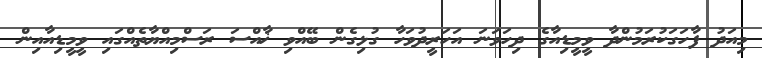
މިއަދު ފާހަގަކުރަމުންދާ ވީމީޑިއާގެ ދިހަވަނަ އަހަރީދުވަހާ ގުޅިގެން ބޭއްވި ޚާއްސަ ރަސްމިއްޔާތެއްގައި ވީމީޑިއާއިން